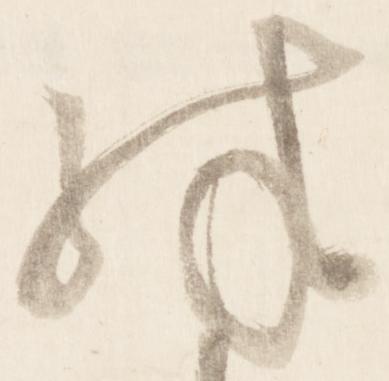
殊